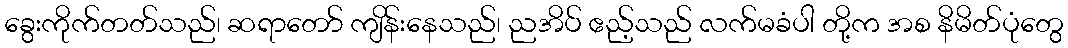
ခွေးကိုက်တတ်သည်၊ ဆရာတော် ကျိန်းနေသည်၊ ညအိပ် ဧည့်သည် လက်မခံပါ တို့က အစ နိမိတ်ပုံတွေ